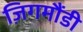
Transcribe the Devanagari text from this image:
ज़िगमौंडी